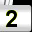
Digit: 2